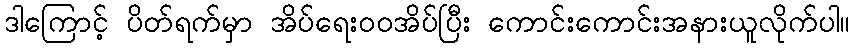
ဒါကြောင့် ပိတ်ရက်မှာ အိပ်ရေးဝဝအိပ်ပြီး ကောင်းကောင်းအနားယူလိုက်ပါ။